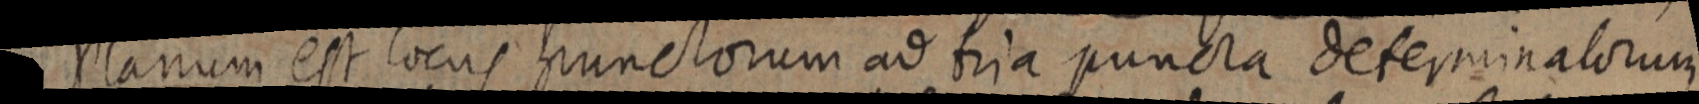
Planum est locus punctorum ad tria puncta determinatorum